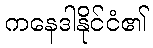
ကနေဒါနိုင်ငံ၏